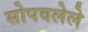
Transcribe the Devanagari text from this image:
सोपवलेले